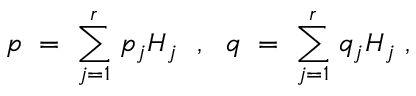
p ~ = ~ \sum _ { j = 1 } ^ { r } \, p _ { j } H _ { j } ~ ~ , ~ ~ q ~ = ~ \sum _ { j = 1 } ^ { r } \, q _ { j } H _ { j } ~ ,